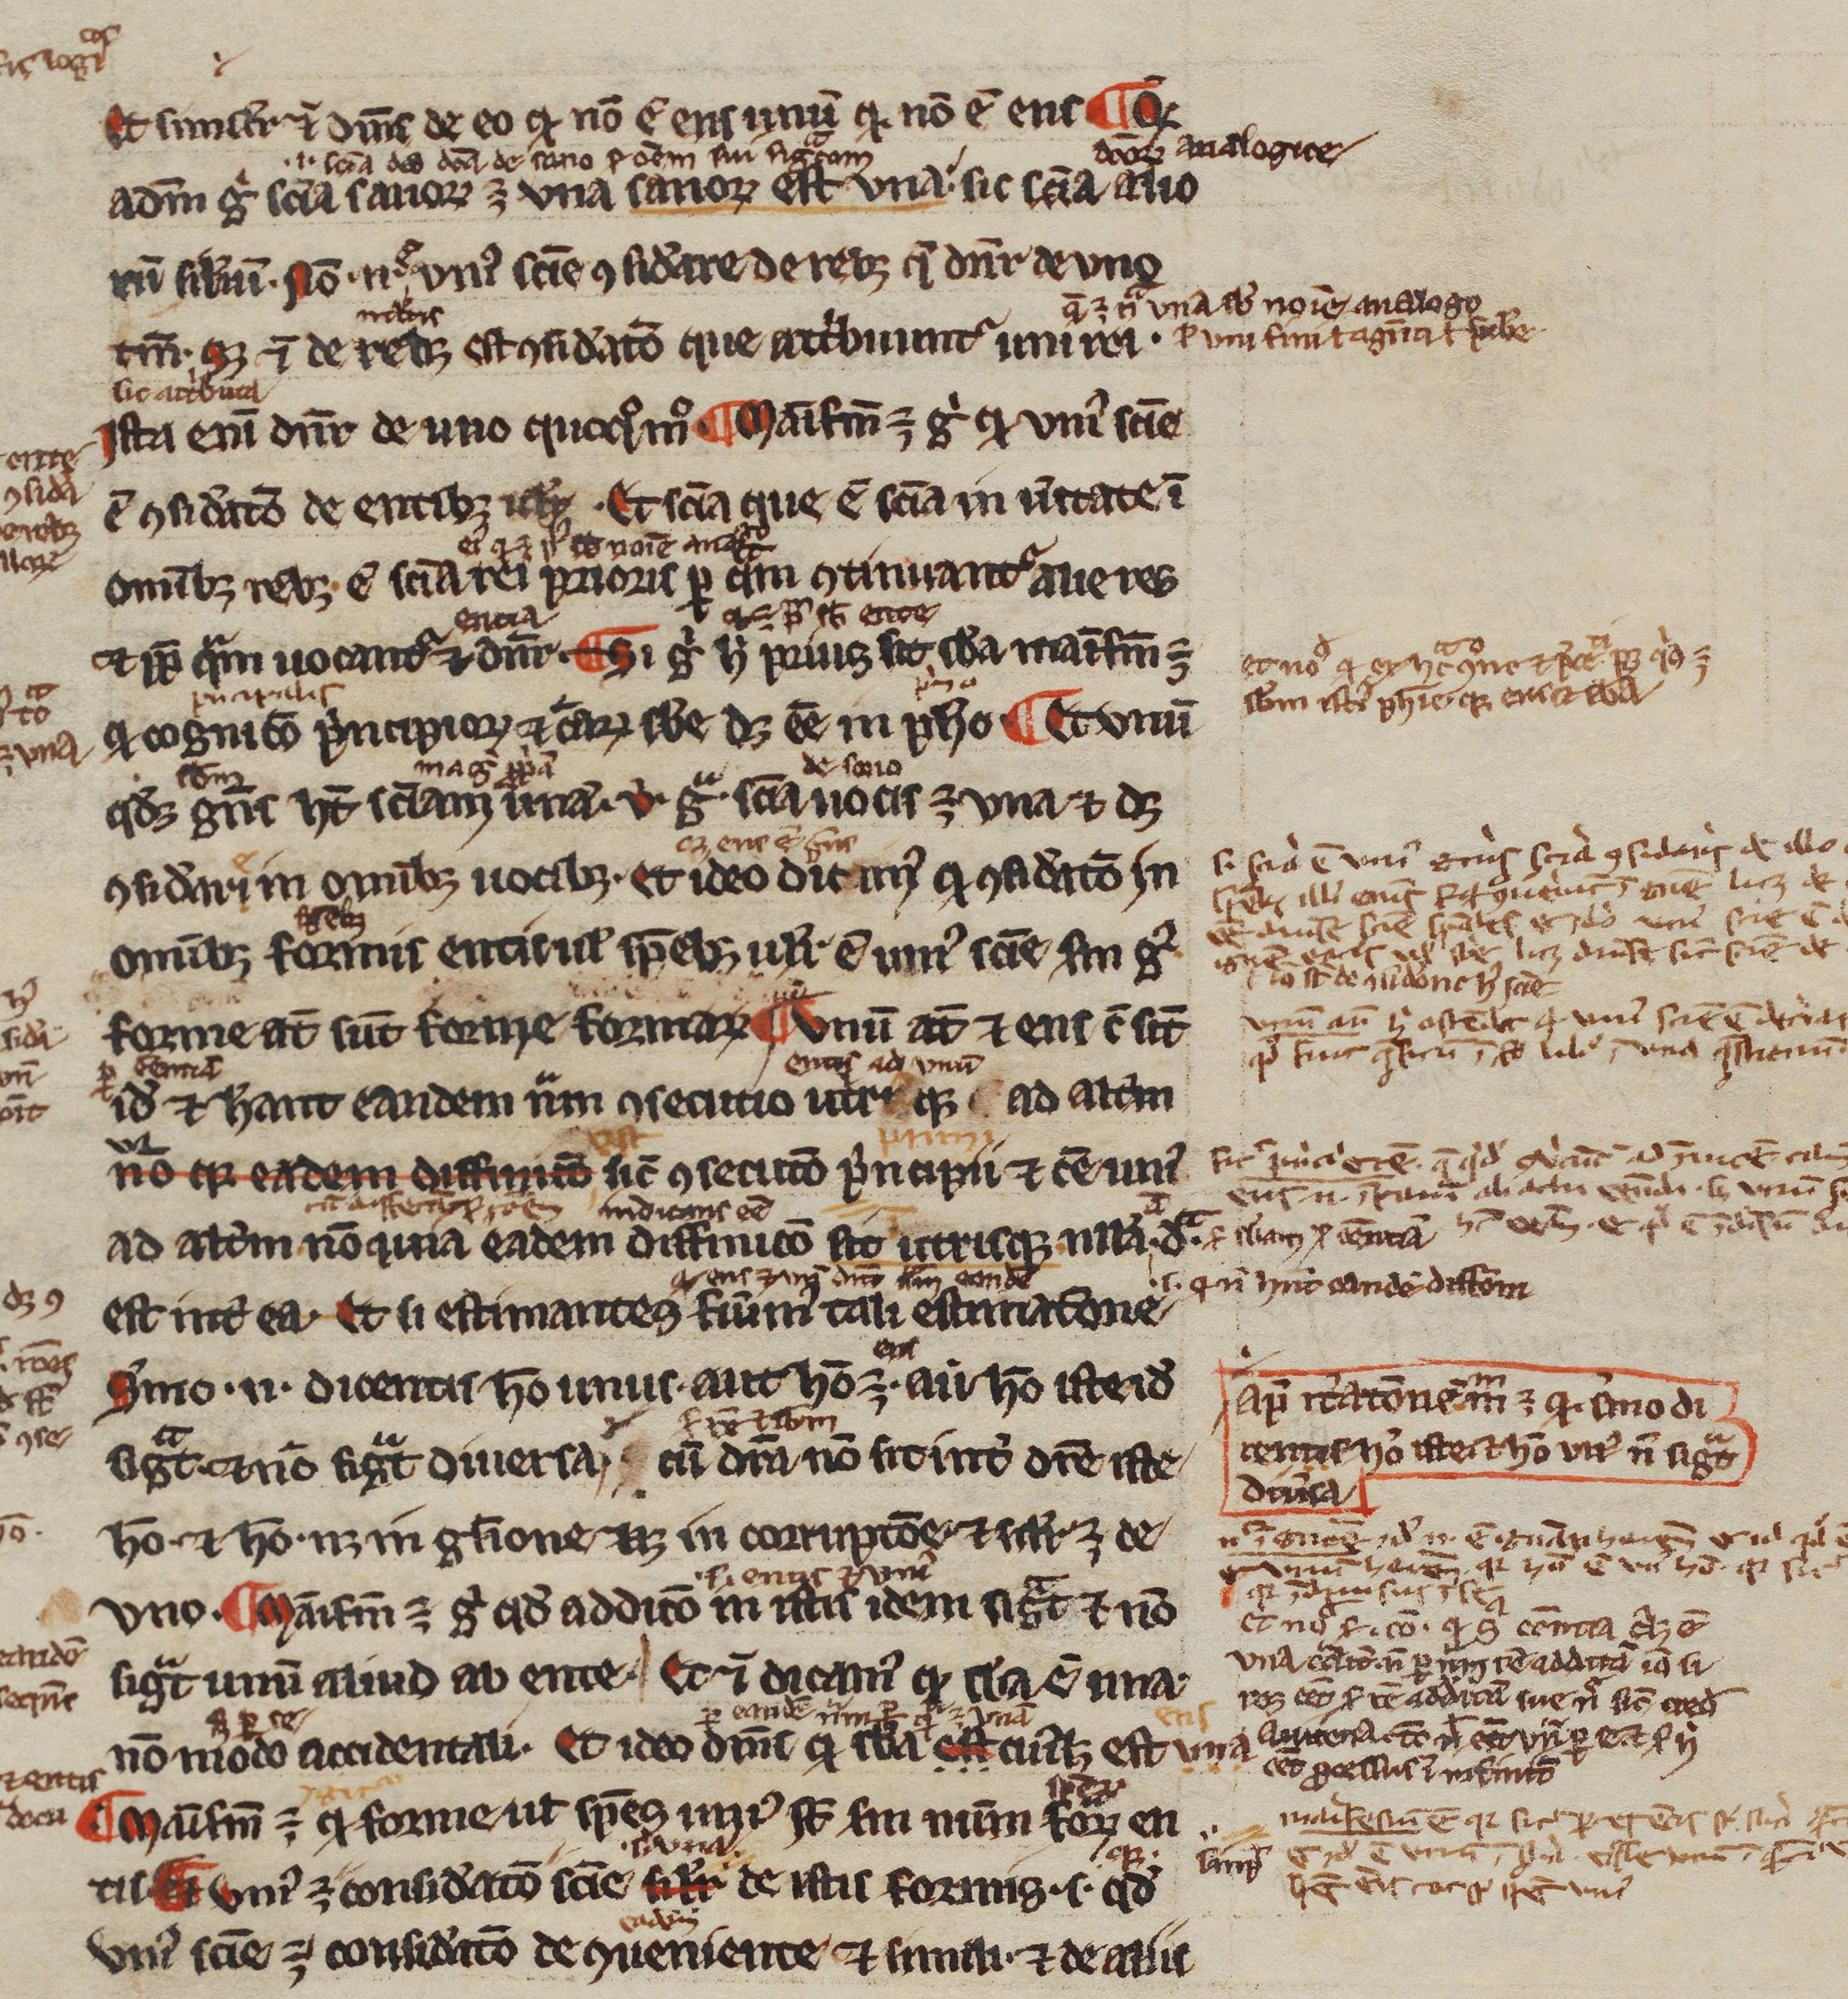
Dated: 1200–1299